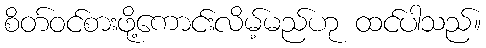
စိတ်ဝင်စားဖို့ကောင်းလိမ့်မည်ဟု ထင်ပါသည်။